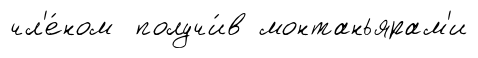
чл'е́ном получи́в монтаньярам'и